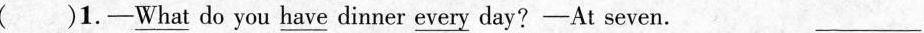
（）1.—\underline{what} do you \underline{have} dinner \underline{every} day?—At seven.___